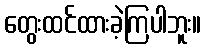
တွေးထင်ထားခဲ့ကြပါဘူး။